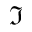
\Im